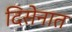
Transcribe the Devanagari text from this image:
दिसेनात